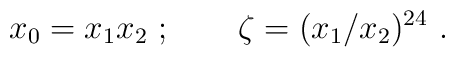
x_0=x_1x_2\ ;\qquad \zeta=(x_1/x_2)^{24}\ .